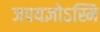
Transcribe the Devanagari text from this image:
जपयज्ञोऽस्मि